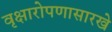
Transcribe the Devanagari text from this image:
वृक्षारोपणासारखे